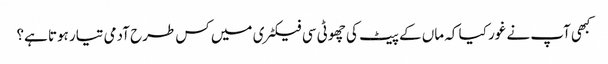
کبھی آپ نے غور کیا کہ ماں کے پیٹ کی چھوٹی سی فیکٹری میں کس طرح آدمی تیار ہوتا ہے؟